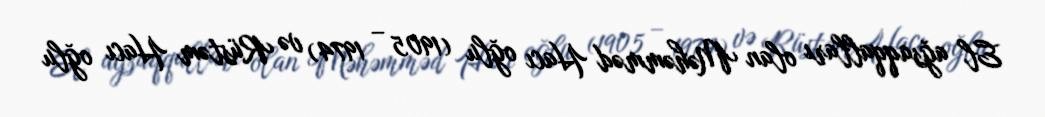
El ağsaqqalları olan Məhəmməd Hacı oğlu (1905 – 1974) və Rüstəm Hacı oğlu